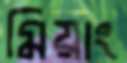
মিয়াং